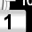
Digit: 1